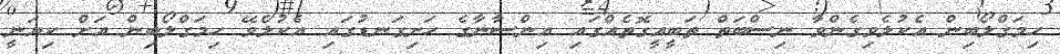
ހިމަގްލޯބިން އެކުލެވިގެންވާ ނިސްބަތް ތަބީއީގޮތެއްގައި އިންސާނާގެ ހަށިގަނޑުގައި އެކުލެވޭ ހިމަގްލޯބިން އަށް ކިޔަނީ